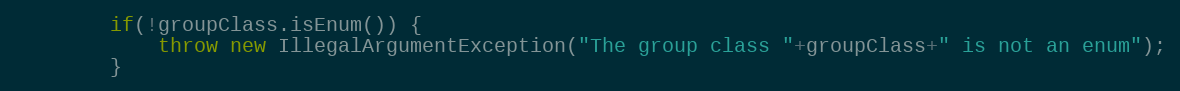
Language: Java
        if(!groupClass.isEnum()) {
            throw new IllegalArgumentException("The group class "+groupClass+" is not an enum");
        }